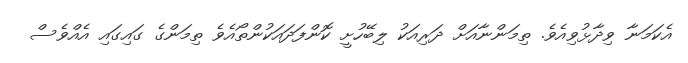
އެކަމަނާ ވިދާޅުވިއެވެ. ތިމަންނާއަށް ދަރިއަކު ލިބޭހުށީ ކޮންފަދައަކުންތޯއެވެ ތިމަންގެ ގައިގައި އެއްވެސް